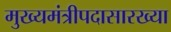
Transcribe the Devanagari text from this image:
मुख्यमंत्रीपदासारख्या